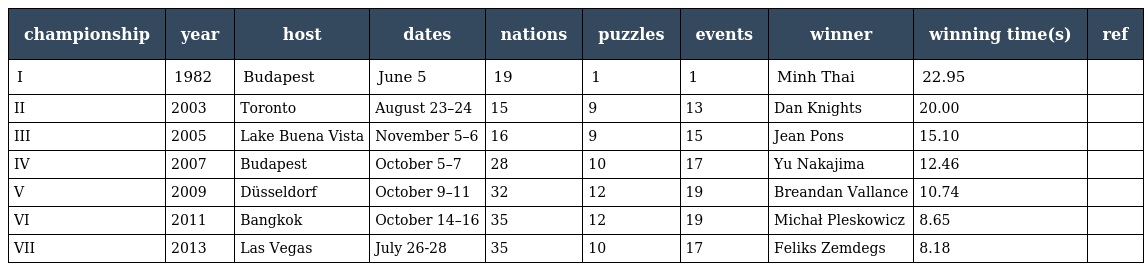
| championship | year | host | dates | nations | puzzles | events | winner | winning time(s) | ref |
 | --- | --- | --- | --- | --- | --- | --- | --- | --- | --- |
 | I | 1982 | Budapest | June 5 | 19 | 1 | 1 | Minh Thai | 22.95 |  |
 | II | 2003 | Toronto | August 23–24 | 15 | 9 | 13 | Dan Knights | 20.00 |  |
 | III | 2005 | Lake Buena Vista | November 5–6 | 16 | 9 | 15 | Jean Pons | 15.10 |  |
 | IV | 2007 | Budapest | October 5–7 | 28 | 10 | 17 | Yu Nakajima | 12.46 |  |
 | V | 2009 | Düsseldorf | October 9–11 | 32 | 12 | 19 | Breandan Vallance | 10.74 |  |
 | VI | 2011 | Bangkok | October 14–16 | 35 | 12 | 19 | Michał Pleskowicz | 8.65 |  |
 | VII | 2013 | Las Vegas | July 26-28 | 35 | 10 | 17 | Feliks Zemdegs | 8.18 |  |